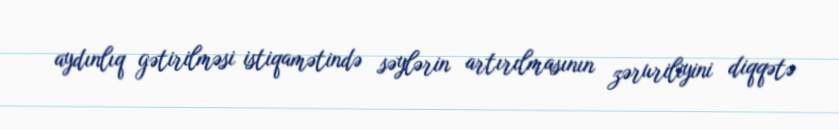
aydınlıq gətirilməsi istiqamətində səylərin artırılmasının zəruriliyini diqqətə